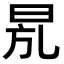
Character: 𣆍